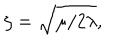
\zeta = \sqrt { \mu / 2 \lambda } ,